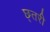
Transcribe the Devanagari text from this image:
छ्तरी